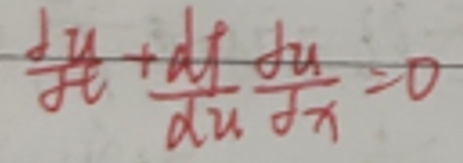
\(\frac{\partial u}{\partial t}+\frac{\partial f}{\partial u}\frac{\partial u}{\partial x}=0\)